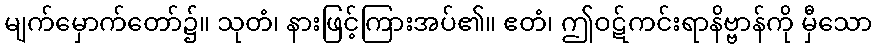
မျက်မှောက်တော်၌။ သုတံ၊ နားဖြင့်ကြားအပ်၏။ ဧတံ၊ ဤဝဋ်ကင်းရာနိဗ္ဗာန်ကို မှီသော